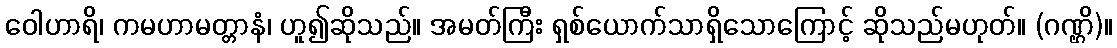
ဝေါဟာရိ၊ ကမဟာမတ္တာနံ၊ ဟူ၍ဆိုသည်။ အမတ်ကြီး ရှစ်ယောက်သာရှိသောကြောင့် ဆိုသည်မဟုတ်။ (ဂဏ္ဌိ)။